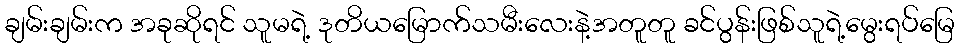
ချမ်းချမ်းက အခုဆိုရင် သူမရဲ့ ဒုတိယမြောက်သမီးလေးနဲ့အတူတူ ခင်ပွန်းဖြစ်သူရဲ့မွေးရပ်မြေ